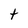
Character: t